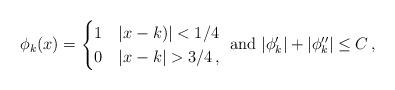
LaTeX: \begin{align*} \phi_k(x) = \begin{cases} 1 & |x-k)|<1/4 \\ 0 & |x-k|>3/4 \,, \end{cases} \mbox{ and }|\phi_k^\prime|+ |\phi''_k| \leq C \,, \end{align*}